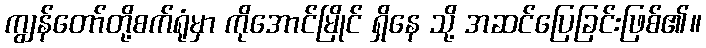
ကျွန်တော်တို့စက်ရုံမှာ ကိုအောင်မြိုင် ရှိနေ သို့ အဆင်ပြေခြင်းဖြစ်၏။